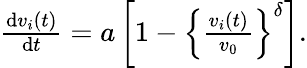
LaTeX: \begin{array}{r}{\frac{\mathrm{d}v_{i}(t)}{\mathrm{d}t}=a\left[1-\left\{ \frac{v_{i}(t)}{v_{0}}\right\} ^{\delta}\right].}\end{array}